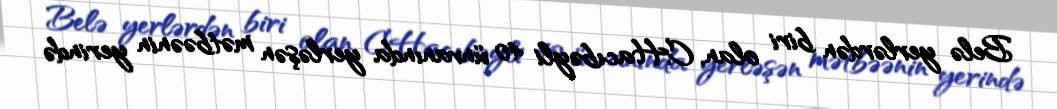
Belə yerlərdən biri olan, C.Hacıbəyli 40 ünvanında yerləşən mətbəənin yerində